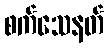
စက်သေနတ်